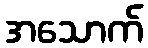
အသောက်